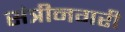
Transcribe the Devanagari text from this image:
संत्रीनगरी